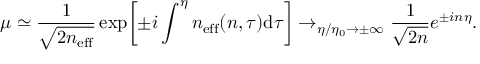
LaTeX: \mu \simeq \frac { 1 } { \sqrt { 2 n _ { \mathrm { e f f } } } } \exp \biggl [ \pm i \int ^ { \eta } n _ { \mathrm { e f f } } ( n , \tau ) \mathrm { d } \tau \biggr ] \rightarrow _ { \eta / \eta _ { 0 } \rightarrow \pm \infty } \frac { 1 } { \sqrt { 2 n } } e ^ { \pm i n \eta } .